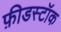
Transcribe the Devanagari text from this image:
फ़ीडस्टॉक